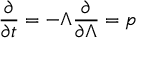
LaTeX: \frac { \partial } { \partial t } = - \Lambda \frac { \partial } { \partial \Lambda } = p